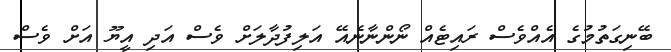
ބޭނިގަތުމުގެ އެއްވެސް ރައިޓެއް ނޯންނާނެއޭ އަލިފުދާލަށް ވެސް އަދި އީޔޫ އަށް ވެސް